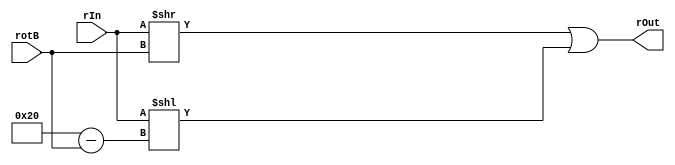
// Zuhair Shaikh and Brant Lan Li
// ROR Operation (ROR)
// ELEC374 - Digital Systems Engineering
// Department of Electrical and Computer Engineering
// Queen's University

`timescale 1ns/10ps

module ror_32(
	input wire [31:0] rIn, rotB,
	output wire [31:0] rOut
	);
	
	reg [31:0] oTemp;
	always @ (*)
		begin
			oTemp = ((rIn >> rotB) | (rIn << (32 - rotB)));
		end
	assign rOut = oTemp;
endmodule